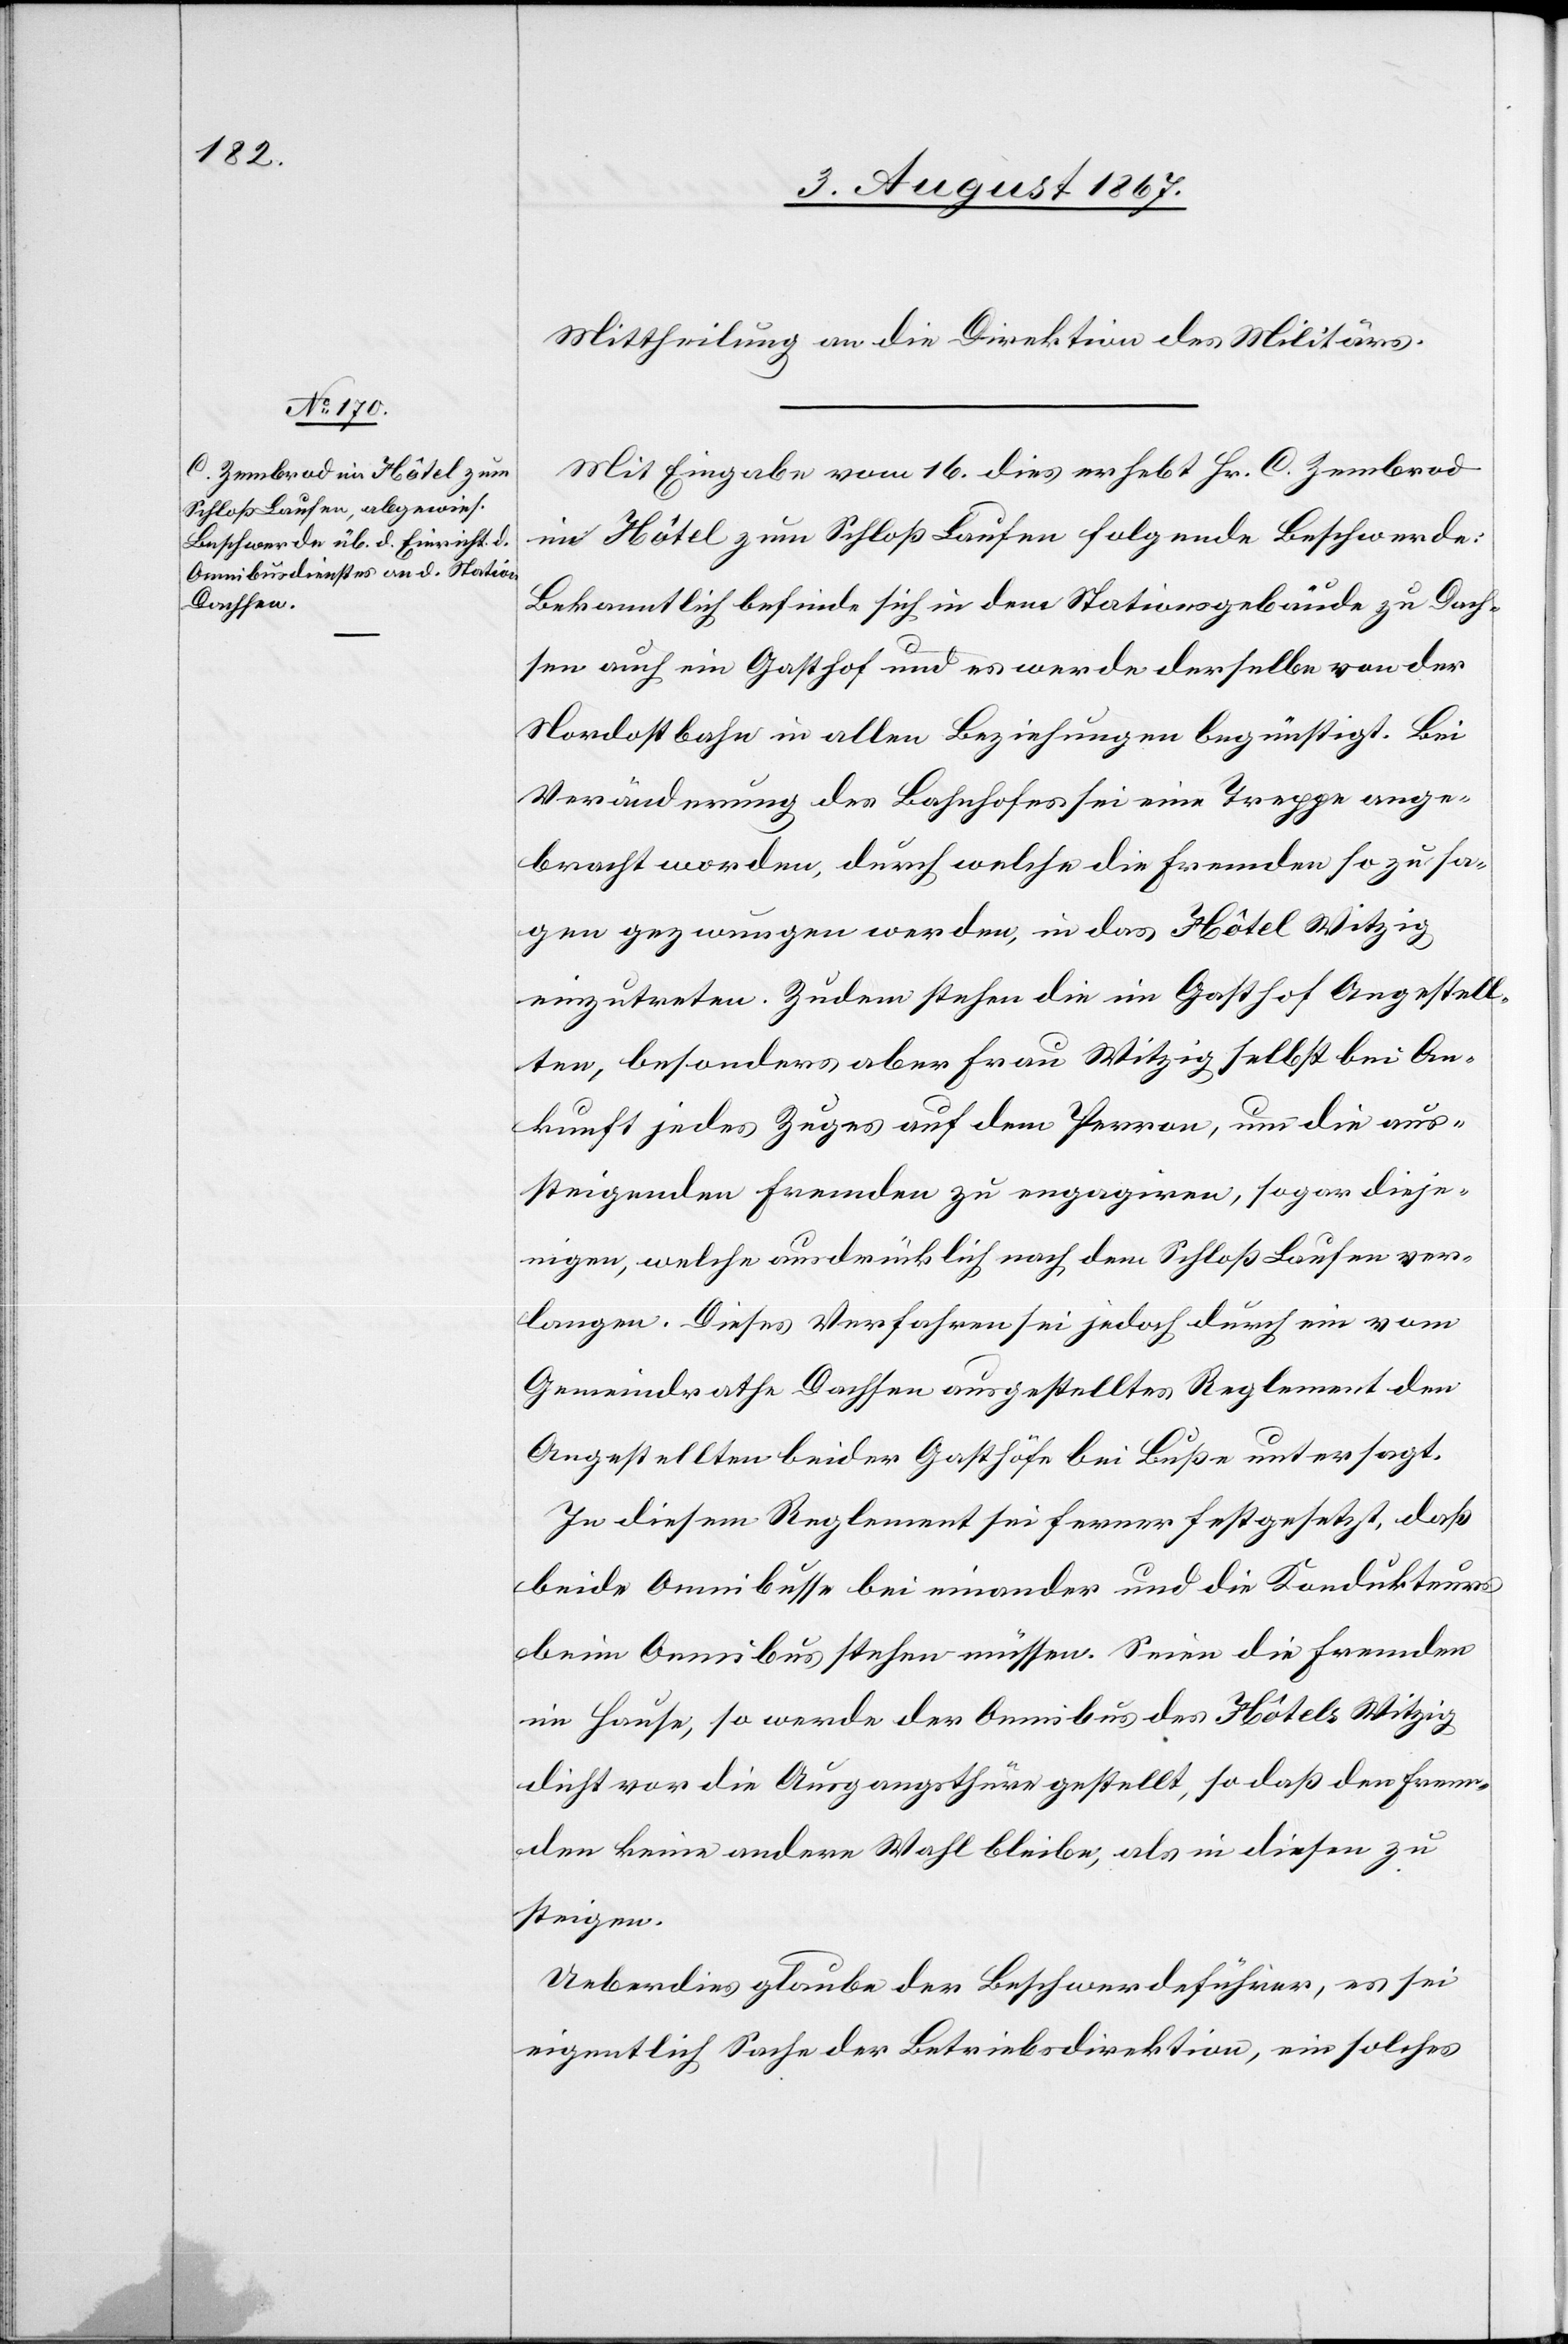
Mittheilung an die Direktion des Militärs.
Mit Eingabe vom 16. dies erhebt Hr. C. Zembrod
im Hôtel zum Schloß Laufen folgende Beschwerde:
Bekanntlich befinde sich in dem Stationsgebäude zu Dach¬
sen auch ein Gasthof und es werde derselbe von der
Nordostbahn in allen Beziehungen begünstigt. Bei
Veränderung des Bahnhofes sei eine Treppe ange¬
bracht worden, durch welche die Fremden so zu sa¬
gen gezwungen werden, in das Hôtel Witzig
einzutreten. Zudem stehen die im Gasthof Angestell¬
ten, besonders aber Frau Witzig selbst bei An¬
kunft jedes Zuges auf dem Perron, um die aus¬
steigenden Fremden zu engagiren, sogar dieje¬
nigen, welche ausdrücklich nach dem Schloß Laufen ver¬
langen. Dieses Verfahren sei jedoch durch ein vom
Gemeindrathe Dachsen ausgestelltes Reglement den
Angestellten beider Gasthöfe bei Buße untersagt.
In diesem Reglement sei ferner festgesetzt, daß
beide Omnibusse bei einander und die Kondukteurs
beim Omnibus stehen müssen. Seien die Fremden
im Hause, so werde der Omnibus des Hôtels Witzig
dicht vor die Ausgangsthüre gestellt, so daß den Frem¬
den keine andere Wahl bleibe, als in diesen zu
steigen.
Ueberdies glaube der Beschwerdeführer, es sei
eigentlich Sache der Betriebsdirektion, ein solches